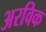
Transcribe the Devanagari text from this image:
अरविक